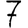
Digit: 7